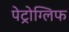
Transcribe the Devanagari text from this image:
पेट्रोग्लिफ